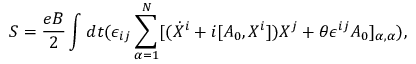
S = \frac { e B } { 2 } \int d t ( \epsilon _ { i j } \sum _ { \alpha = 1 } ^ { N } [ ( \dot { X } ^ { i } + i [ A _ { 0 } , X ^ { i } ] ) X ^ { j } + \theta \epsilon ^ { i j } A _ { 0 } ] _ { \alpha , \alpha } ) ,